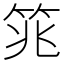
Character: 筄